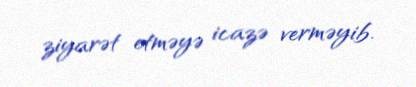
ziyarət etməyə icazə verməyib.